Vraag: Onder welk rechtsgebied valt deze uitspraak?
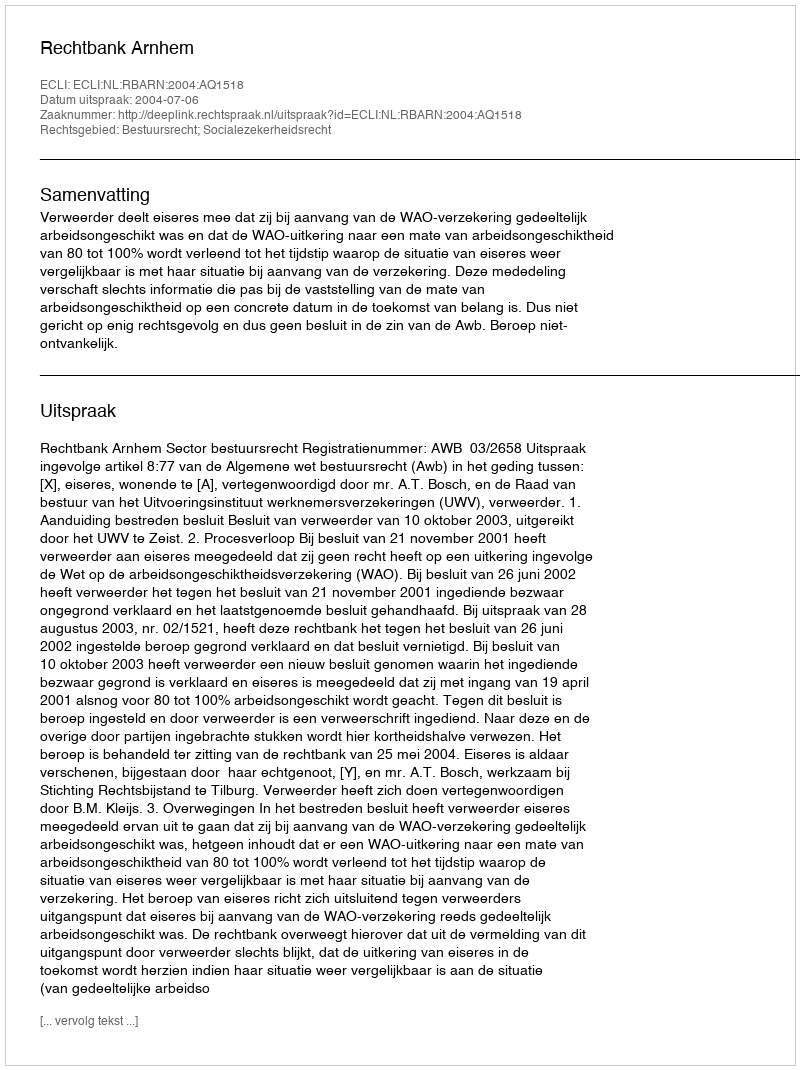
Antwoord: Bestuursrecht; Socialezekerheidsrecht